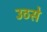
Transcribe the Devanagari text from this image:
उठसे